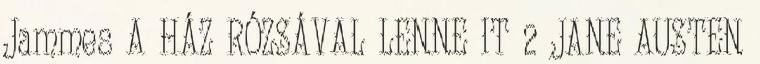
Jammes A HÁZ RÓZSÁVAL LENNE IT 2 JANE AUSTEN